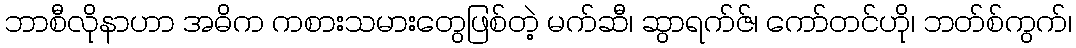
ဘာစီလိုနာဟာ အဓိက ကစားသမားတွေဖြစ်တဲ့ မက်ဆီ၊ ဆွာရက်ဇ်၊ ကော်တင်ဟို၊ ဘတ်စ်ကွက်၊